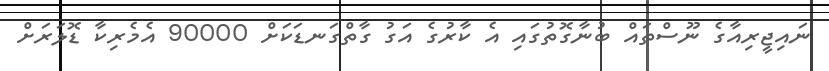
ނައިޖީރިއާގެ ނޫސްތައް ބުނާގޮތުގައި އެ ކާރުގެ އަގު ގާތްގަނޑަކަށް 90000 އެމެރިކާ ޑޮލަރަށް